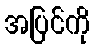
အပြင်ကို